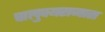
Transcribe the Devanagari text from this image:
चालुक्यराजास